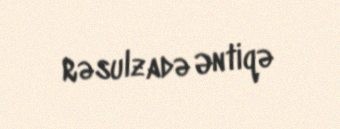
Rəsulzadə Əntiqə